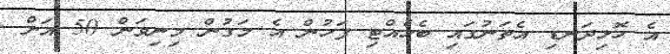
އެ ހޮޅިދަނޑި އެތަނުގައި ބެހެއްޓި ފަހުން އެ މަގުން މިނިވަން 50 އަށް